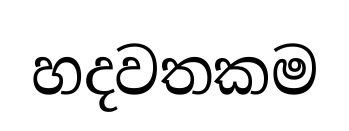
හදවතකම